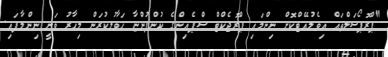
"ޕްރޮޕޯސަލްތައް އިވެލުއޭޓްކޮށް ނިންމައި ޕްރޮޖެކްޓް ސްޕެއިންގެ ކުންފުންޏާ ހަވާލުކުރަން މިހާރު ވަނީ ނިންމާފައި.